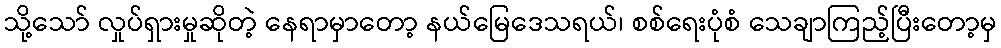
သို့သော် လှုပ်ရှားမှုဆိုတဲ့ နေရာမှာတော့ နယ်မြေဒေသရယ်၊ စစ်ရေးပုံစံ သေချာကြည့်ပြီးတော့မှ